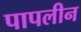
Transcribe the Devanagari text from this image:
पापलीन